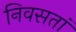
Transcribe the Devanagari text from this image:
निवसतां